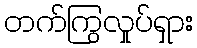
တက်ကြွလှုပ်ရှား